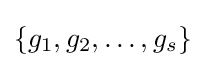
{\{g_{1},g_{2},\dotsc ,g_{s}}\}